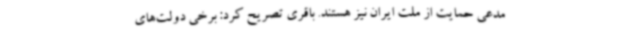
مدعی حمایت از ملت ایران نیز هستند. باقری تصریح کرد: برخی دولت‌های